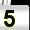
Digit: 5